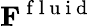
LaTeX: \mathbf{F}^{\mathrm{~f~l~u~i~d~}}